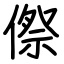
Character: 傺